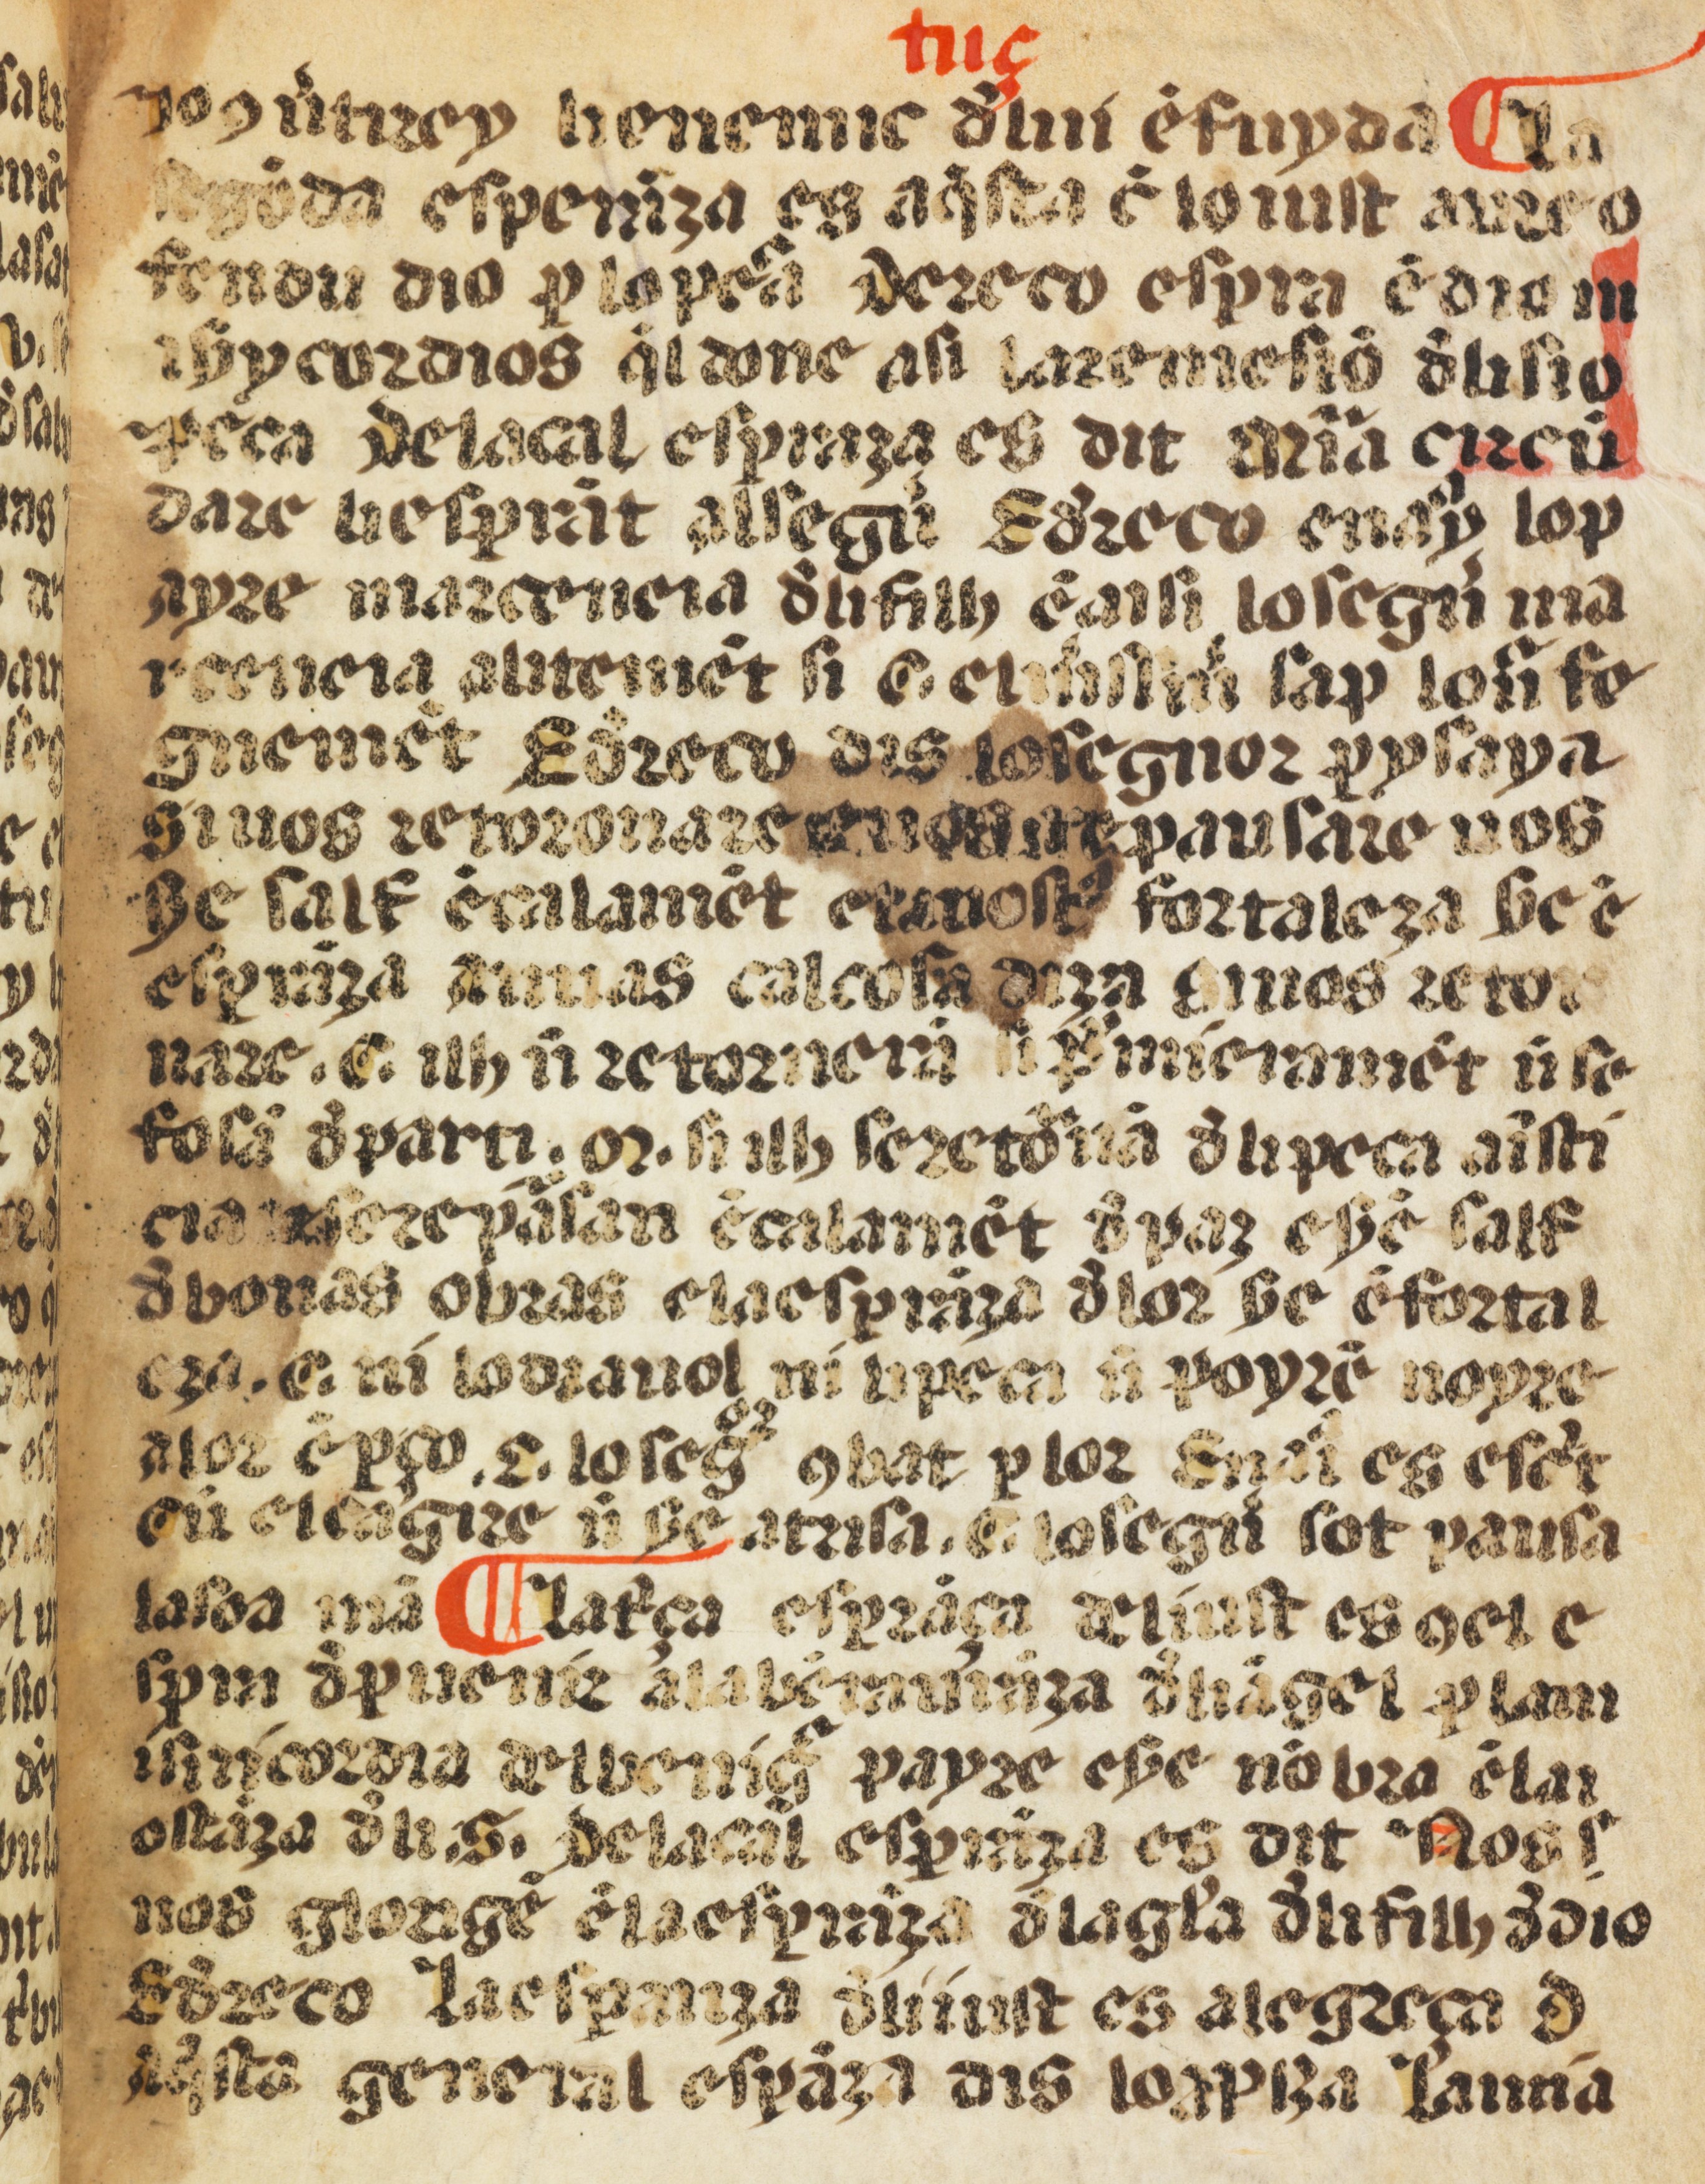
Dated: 1400–1499